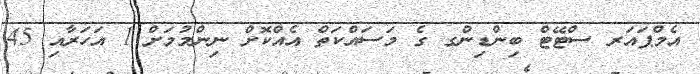
އެމްޕައަރ ސްޓޭޓް ބިންޑިންގ ގެ މަސައްކަތް އެއްކޮށް ނިންމުމަށް 1 އަހަރާއި 45